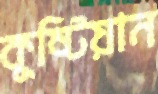
কুষ্টিয়ান